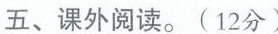
五、课外阅读。(12分)